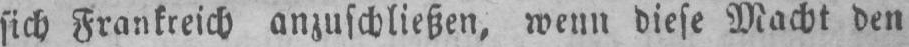
sich Frankreich anzuschließen, wenn diese Macht den